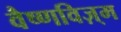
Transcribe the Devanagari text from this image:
वैष्णविज़्म